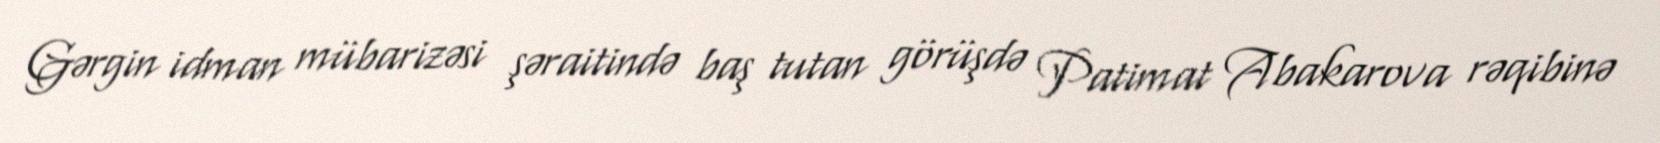
Gərgin idman mübarizəsi şəraitində baş tutan görüşdə Patimat Abakarova rəqibinə